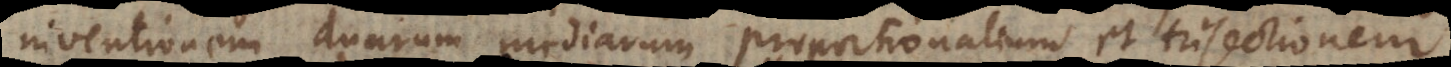
inventionem duarum mediarum proportionalium et trisectionem